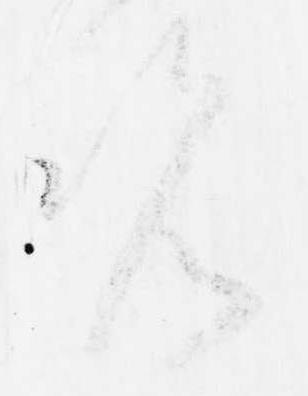
覧